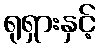
ရုရှားနှင့်